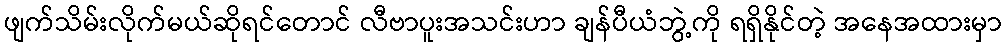
ဖျက်သိမ်းလိုက်မယ်ဆိုရင်တောင် လီဗာပူးအသင်းဟာ ချန်ပီယံဘွဲ့ကို ရရှိနိုင်တဲ့ အနေအထားမှာ